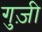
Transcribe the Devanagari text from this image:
गुज़ी